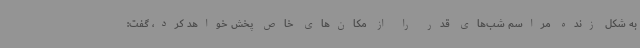
به شکل زنده مراسم شب‌های قدر را از مکان‌های خاص پخش خواهد کرد، گفت: